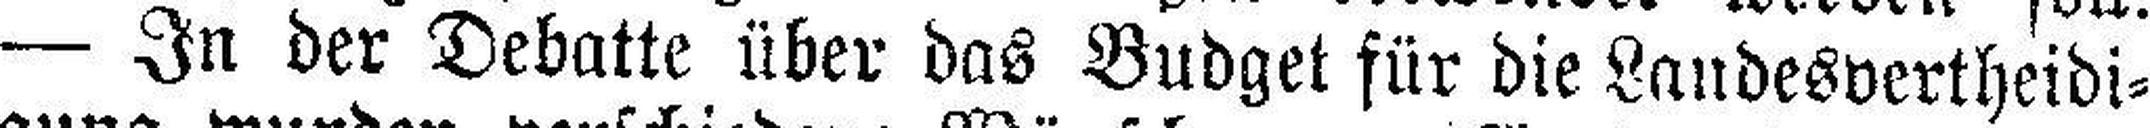
— In der Debatte über das Budget für die Landesvertheidi¬